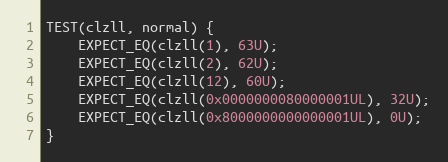
Language: C++
TEST(clzll, normal) {
    EXPECT_EQ(clzll(1), 63U);
    EXPECT_EQ(clzll(2), 62U);
    EXPECT_EQ(clzll(12), 60U);
    EXPECT_EQ(clzll(0x0000000080000001UL), 32U);
    EXPECT_EQ(clzll(0x8000000000000001UL), 0U);
}